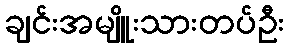
ချင်းအမျိူးသားတပ်ဦး